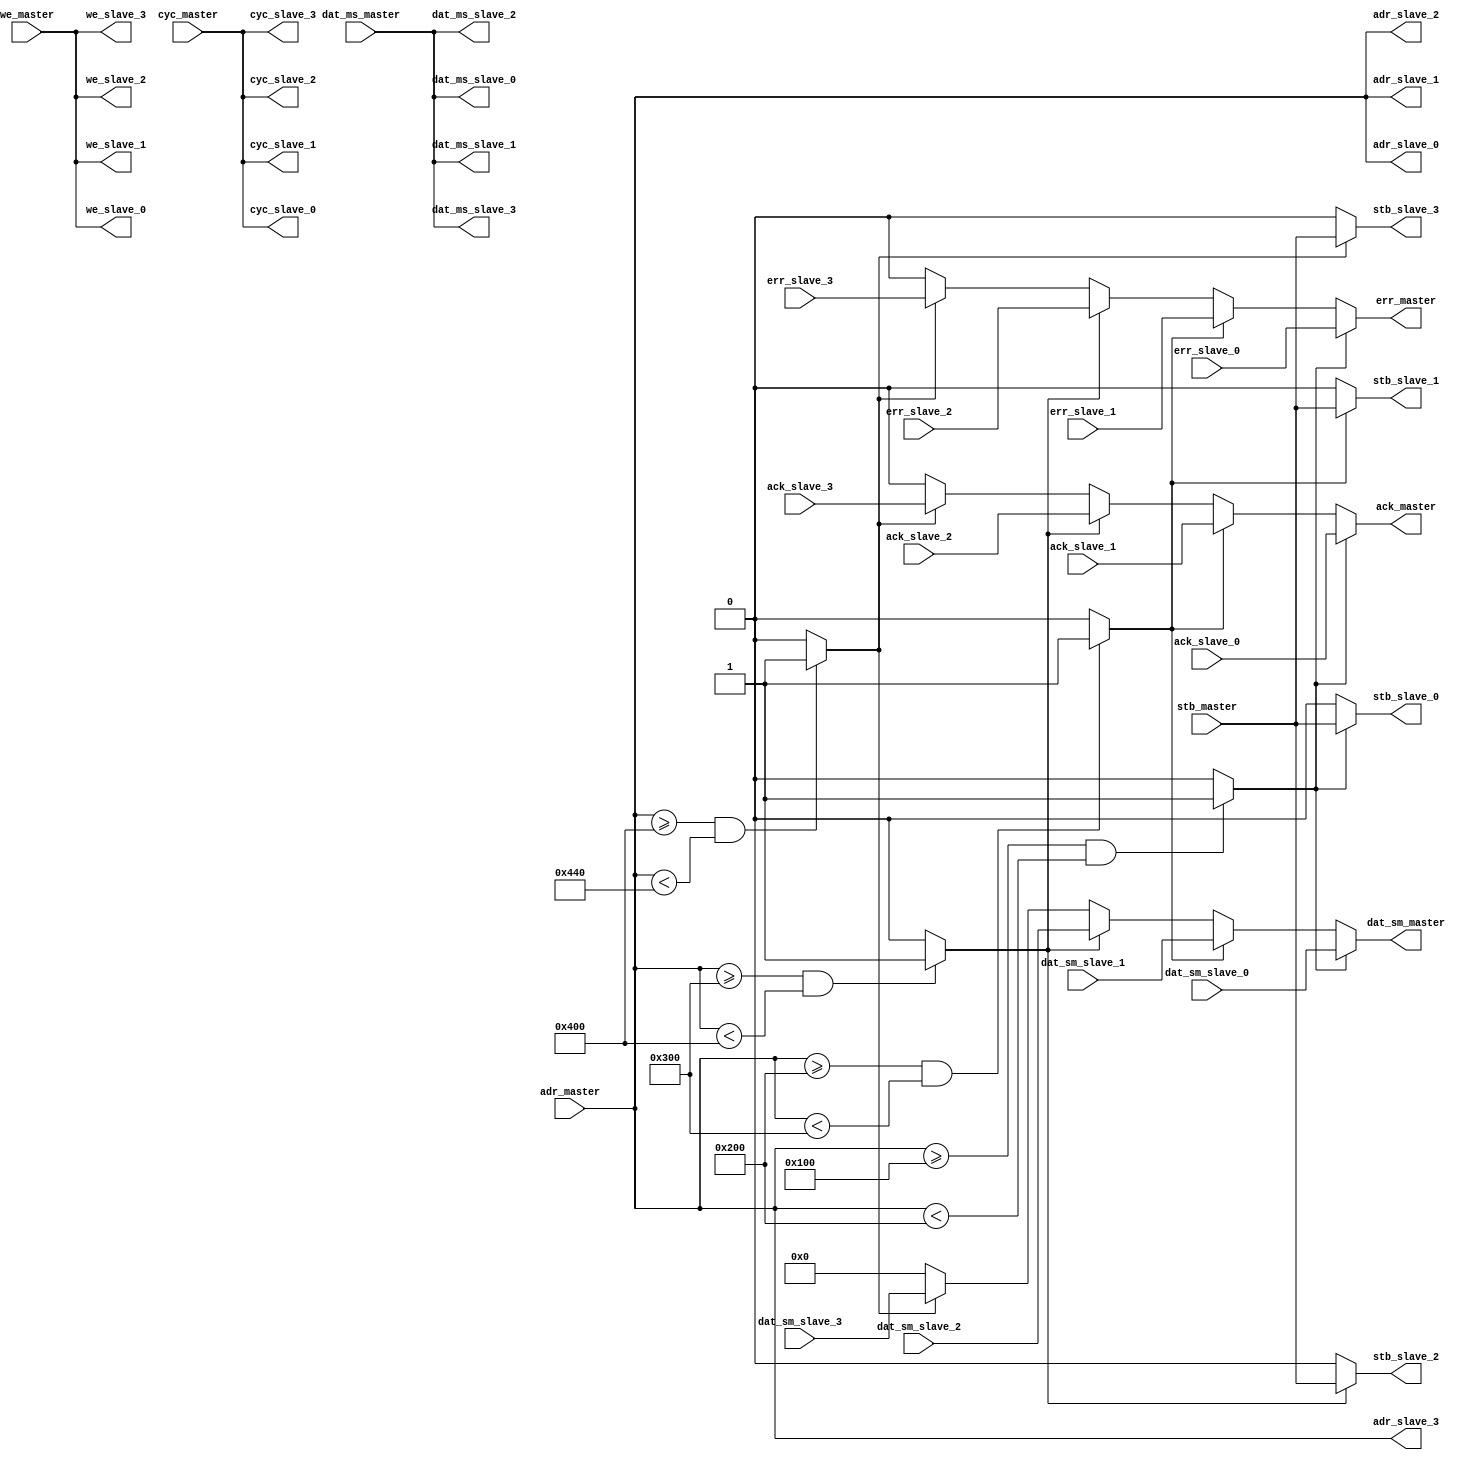
//-----------------------------------------------------------------------------
// Creation time : 11:52:40
// Description   : Bus used to connect one wishbone master to multiple slaves. Used slave is determined using the address output of the master and parameters of each slave interface.
// Tool : Kactus2 3.4.27 32-bit
// Plugin : Verilog generator 2.0d
// This file was generated based on IP-XACT component tut.fi:communication:wishbone_bus:master_to_4
// whose XML file is D:/kactus2Repos/ipxactexamplelib/tut.fi/communication/wishbone_bus/master_to_4/wishbone_bus.master_to_4.xml
//-----------------------------------------------------------------------------

module wishbone_bus #(
    parameter                              ADDR_WIDTH       = 32,
    parameter                              DATA_WIDTH       = 32,
    parameter                              SLAVE_0_BASE     = 'h0100,
    parameter                              SLAVE_1_BASE     = 'h0200,
    parameter                              SLAVE_2_BASE     = 'h0300,
    parameter                              SLAVE_3_BASE     = 'h0400,
    parameter                              SLAVE_RANGE      = 'h0040
) (
    // Interface: one_to_many_master
    input          [ADDR_WIDTH-1:0]     adr_master,
    input                               cyc_master,
    input          [DATA_WIDTH-1:0]     dat_ms_master,
    input                               stb_master,
    input                               we_master,
    output reg                          ack_master,
    output reg     [DATA_WIDTH-1:0]     dat_sm_master,
    output reg                          err_master,

    // Interface: slave_0
    input                               ack_slave_0,
    input          [DATA_WIDTH-1:0]     dat_sm_slave_0,
    input                               err_slave_0,
    output         [ADDR_WIDTH-1:0]     adr_slave_0,
    output                              cyc_slave_0,
    output         [DATA_WIDTH-1:0]     dat_ms_slave_0,
    output                              stb_slave_0,
    output                              we_slave_0,

    // Interface: slave_1
    input                               ack_slave_1,
    input          [DATA_WIDTH-1:0]     dat_sm_slave_1,
    input                               err_slave_1,
    output         [ADDR_WIDTH-1:0]     adr_slave_1,
    output                              cyc_slave_1,
    output         [DATA_WIDTH-1:0]     dat_ms_slave_1,
    output                              stb_slave_1,
    output                              we_slave_1,

    // Interface: slave_2
    input                               ack_slave_2,
    input          [DATA_WIDTH-1:0]     dat_sm_slave_2,
    input                               err_slave_2,
    output         [ADDR_WIDTH-1:0]     adr_slave_2,
    output                              cyc_slave_2,
    output         [DATA_WIDTH-1:0]     dat_ms_slave_2,
    output                              stb_slave_2,
    output                              we_slave_2,

    // Interface: slave_3
    input                               ack_slave_3,
    input          [DATA_WIDTH-1:0]     dat_sm_slave_3,
    input                               err_slave_3,
    output         [ADDR_WIDTH-1:0]     adr_slave_3,
    output                              cyc_slave_3,
    output         [DATA_WIDTH-1:0]     dat_ms_slave_3,
    output                              stb_slave_3,
    output                              we_slave_3
);

// WARNING: EVERYTHING ON AND ABOVE THIS LINE MAY BE OVERWRITTEN BY KACTUS2!!!


    // Assign most of the master outputs directly to slave inputs.
    assign adr_slave_0 = adr_master;
    assign cyc_slave_0 = cyc_master;
    assign dat_ms_slave_0 = dat_ms_master;
    assign we_slave_0 = we_master;
    
    assign adr_slave_1 = adr_master;
    assign cyc_slave_1 = cyc_master;
    assign dat_ms_slave_1 = dat_ms_master;
    assign we_slave_1 = we_master;
    
    assign adr_slave_2 = adr_master;
    assign cyc_slave_2 = cyc_master;
    assign dat_ms_slave_2 = dat_ms_master;
    assign we_slave_2 = we_master;
    
    assign adr_slave_3 = adr_master;
    assign cyc_slave_3 = cyc_master;
    assign dat_ms_slave_3 = dat_ms_master;
    assign we_slave_3 = we_master;
    
    // Choose selected slave based on the address.
    wire slave_0_sel = (adr_master >= SLAVE_0_BASE && adr_master < SLAVE_1_BASE) ? 1 : 0;
    wire slave_1_sel = (adr_master >= SLAVE_1_BASE && adr_master < SLAVE_2_BASE) ? 1 : 0;
    wire slave_2_sel = (adr_master >= SLAVE_2_BASE && adr_master < SLAVE_3_BASE) ? 1 : 0;
    wire slave_3_sel = (adr_master >= SLAVE_3_BASE && adr_master < SLAVE_3_BASE+SLAVE_RANGE) ? 1 : 0;
    
    // Choose master inputs based on the selected slave.
    always @* begin
        if (slave_0_sel) begin
            dat_sm_master <= dat_sm_slave_0;
            ack_master <= ack_slave_0;
            err_master <= err_slave_0;
        end
        else if (slave_1_sel) begin
            dat_sm_master <= dat_sm_slave_1;
            ack_master <= ack_slave_1;
            err_master <= err_slave_1;
        end
        else if (slave_2_sel) begin
            dat_sm_master <= dat_sm_slave_2;
            ack_master <= ack_slave_2;
            err_master <= err_slave_2;
        end
        else if (slave_3_sel) begin
            dat_sm_master <= dat_sm_slave_3;
            ack_master <= ack_slave_3;
            err_master <= err_slave_3;
        end
        else begin
            dat_sm_master <= 0;
            ack_master <= 0;
            err_master <= 0;
        end
    end
    
    // Choose strobe based on the selected slave.
    assign stb_slave_0 = slave_0_sel ? stb_master : 0;
    assign stb_slave_1 = slave_1_sel ? stb_master : 0;
    assign stb_slave_2 = slave_2_sel ? stb_master : 0;
    assign stb_slave_3 = slave_3_sel ? stb_master : 0;
endmodule